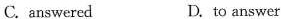
C.answercd D. to answer